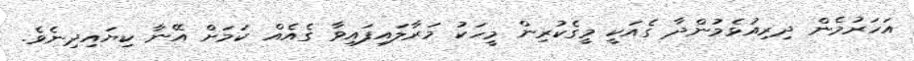
އަހަރުމެން ދިރިއުޅެމުންދާ ގެއަކީ މީގެކުރިން މީހަކު މަރާލައިފައިވާ ގެއެއް ކަމަށް އޭނާ ކިޔައިދިނެވެ.